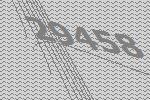
29458